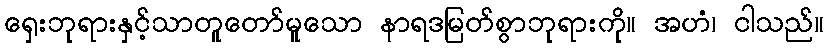
ရှေးဘုရားနှင့်သာတူတော်မူသော နာရဒမြတ်စွာဘုရားကို။ အဟံ၊ ငါသည်။